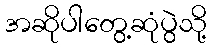
အဆိုပါတွေ့ဆုံပွဲသို့